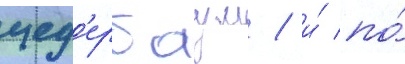
цед'ербаум / и́ по́